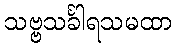
သဗ္ဗသင်္ခါရသမထာ